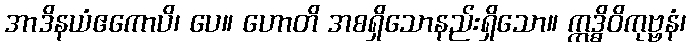
အာဒိနယံဧကောပိ၊ ပေ။ ဟောတိ အစရှိသောနည်းရှိသော။ ဣဒ္ဓိဝိကုဗ္ဗနံ၊